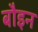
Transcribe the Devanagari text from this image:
बौइन